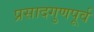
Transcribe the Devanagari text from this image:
प्रसादगुणपूर्व